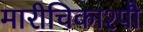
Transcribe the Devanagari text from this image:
मारीचिकाश्पौ